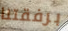
برفقتنا